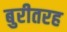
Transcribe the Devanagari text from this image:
बुरीतरह